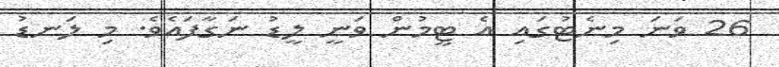
26 ވަނަ މިނެޓުގައި އެ ޓީމުން ވަނީ ލީޑު ނަގާފައެވެ. މި ލަނޑު